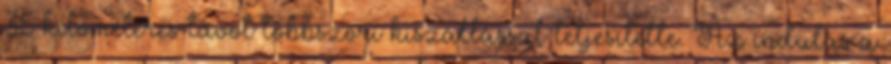
35 kilométeres távot többszöri kiszállással teljesítette. Az indulás a